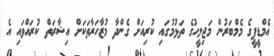
އެމްޑީޕީގެ މެމްބަރުން މަޖިލީހުގެ ތަޅުމުގައި ކުރިއަށް ގެންދާ މުޒާހަރާތަކަށް އިޝާރަތް ކުރައްވައި އެ